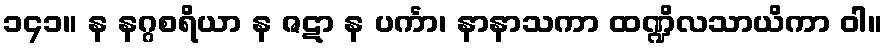
၁၄၁။ န နဂ္ဂစရိယာ န ဇဋာ န ပင်္ကာ၊ နာနာသကာ ထဏ္ဍိလသာယိကာ ဝါ။